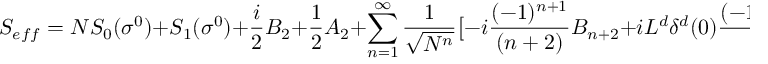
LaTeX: S _ { e f f } = N S _ { 0 } ( \sigma ^ { 0 } ) + S _ { 1 } ( \sigma ^ { 0 } ) + { \frac { i } { 2 } } B _ { 2 } + { \frac { 1 } { 2 } } A _ { 2 } + \sum _ { n = 1 } ^ { \infty } { \frac { 1 } { \sqrt { N ^ { n } } } } \big [ - i { \frac { ( - 1 ) ^ { n + 1 } } { ( n + 2 ) } } B _ { n + 2 } + i L ^ { d } \delta ^ { d } ( 0 ) { \frac { ( - 1 ) ^ { n + 1 } } { n } } B _ { n } + { \frac { 1 } { ( n + 2 ) ! } } A _ { n + 2 } \big ]